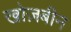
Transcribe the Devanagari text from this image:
खोज़बीन